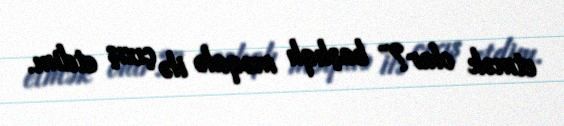
etmək olar?” başlıqlı məqalə ilə çıxış etdim.